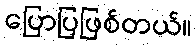
ပြောပြဖြစ်တယ်။